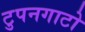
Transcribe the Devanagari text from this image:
टुपनगाटो